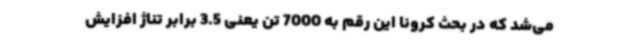
می‌شد که در بحث کرونا این رقم به 7000 تن یعنی 3.5 برابر تناژ افزایش